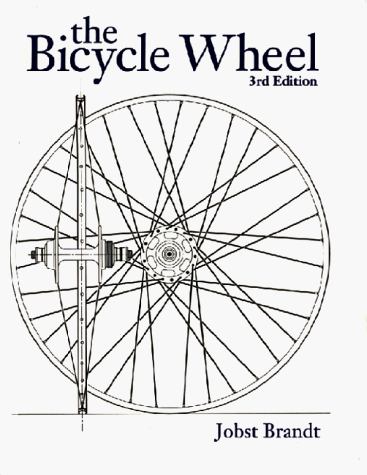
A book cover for The Bicycle Wheel 3rd Edition; Jobst Brandt; Engineering & Transportation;